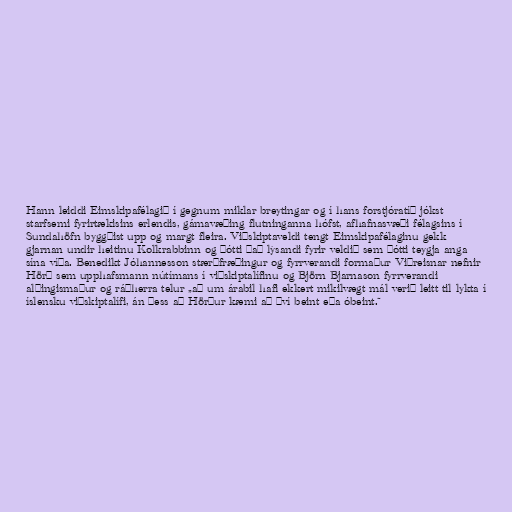
Hann leiddi Eimskipafélagið í gegnum miklar breytingar og í hans forstjóratíð jókst
starfsemi fyrirtækisins erlendis, gámavæðing flutninganna hófst, afhafnasvæði félagsins í
Sundahöfn byggðist upp og margt fleira. Viðskiptaveldi tengt Eimskipafélaginu gekk
gjarnan undir heitinu Kolkrabbinn og þótti það lýsandi fyrir veldið sem þótti teygja anga
sína víða. Benedikt Jóhannesson stærðfræðingur og fyrrverandi formaður Viðreisnar nefnir
Hörð sem upphafsmann nútímans í viðskiptalífinu og Björn Bjarnason fyrrverandi
alþingismaður og ráðherra telur „að um árabil hafi ekkert mikilvægt mál verið leitt til lykta í
íslensku viðskiptalífi, án þess að Hörður kæmi að því beint eða óbeint.“